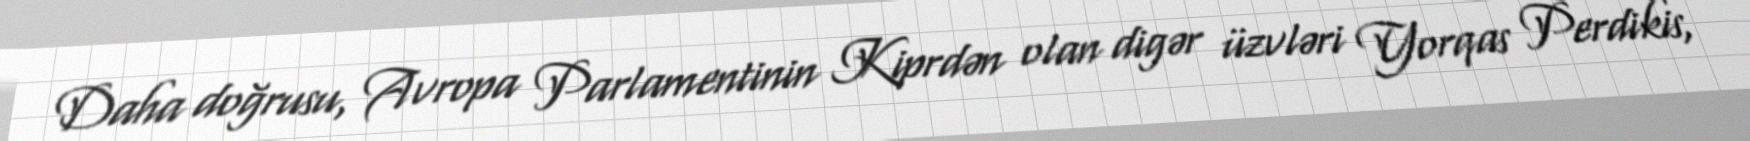
Daha doğrusu, Avropa Parlamentinin Kiprdən olan digər üzvləri Yorqas Perdikis,